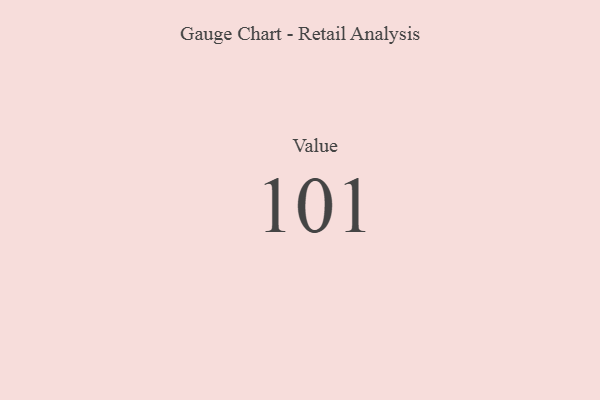
{"axis": {"x": "Metric", "y": "Value"}, "legend": [""], "data": [{"x": "Value", "y": 101, "type": ""}]}